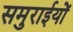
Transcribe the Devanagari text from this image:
समुराईयों